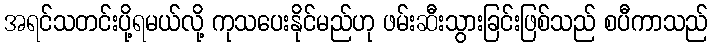
အရင်သတင်းပို့ရမယ်လို့ ကုသပေးနိုင်မည်ဟု ဖမ်းဆီးသွားခြင်းဖြစ်သည် စပီကာသည်